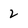
Character: 2